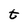
Character: t